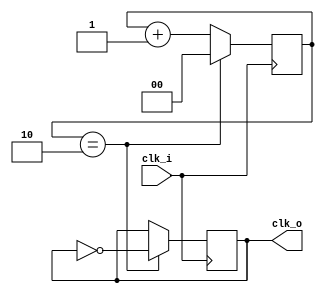
//downscale clock to 1/6 of its frequency
module clock_downscale (
	input  clk_i,
	output reg clk_o
);
	
	//count to 3 and toggle 
	reg [1:0] counter; 
	
	always@(posedge clk_i)	begin
		counter <= counter + 1'b1; 
		if(counter == 2'd2)	begin
			clk_o <= ~clk_o;
			counter <= 2'd0;
		end
	end

endmodule